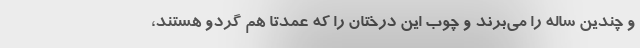
و چندین ساله را می‌برند و چوب این درختان را که عمدتا هم گردو هستند،